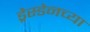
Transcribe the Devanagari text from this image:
ड्रेस्डेनच्या